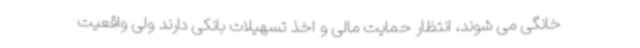
خانگی می شوند، انتظار حمایت مالی و اخذ تسهیلات بانکی دارند ولی واقعیت